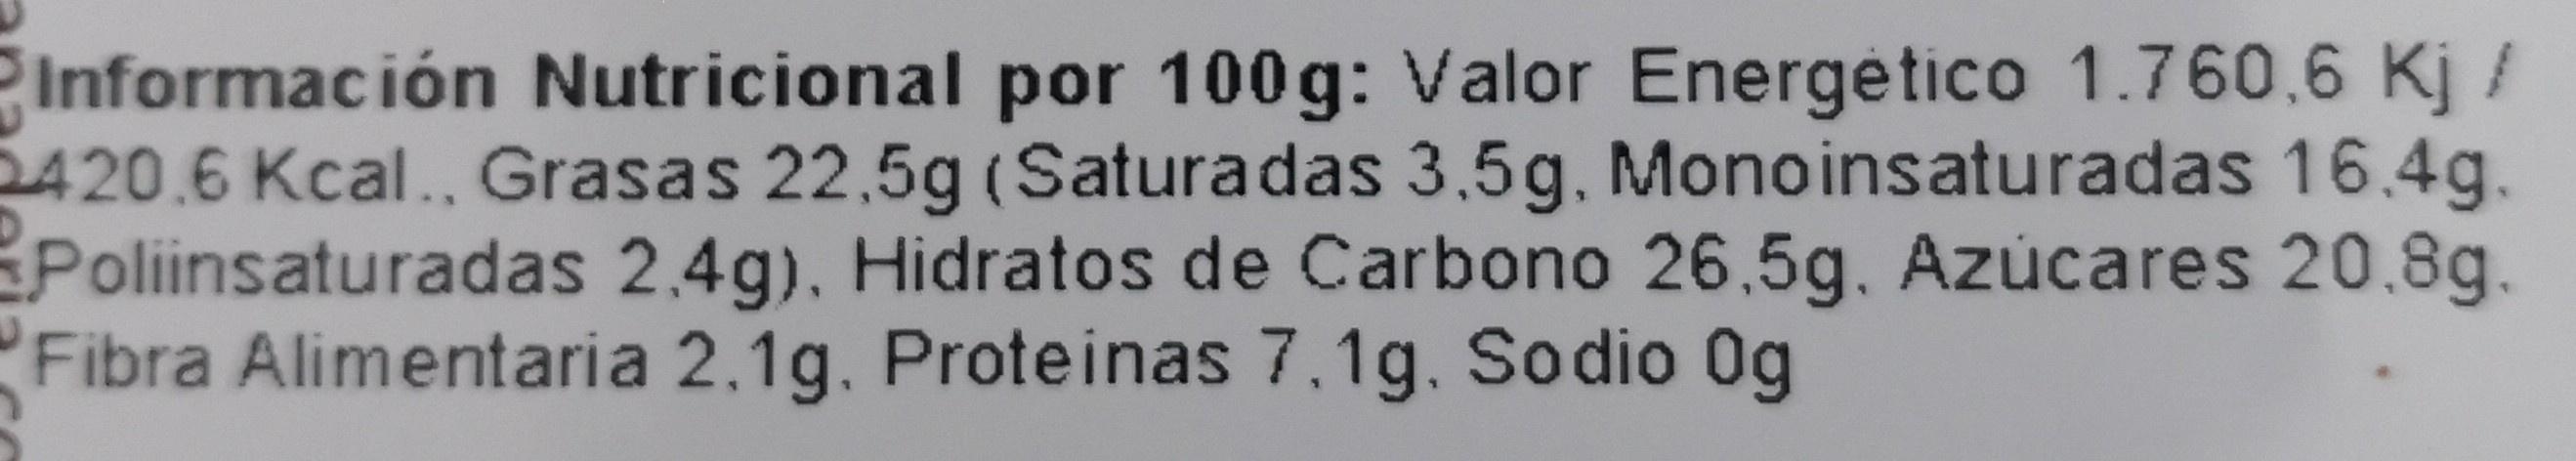
Información Nutricional por 100g: Valor Energetico 1.760,6 Kj / 5420.6 Kcal., Grasas 22,5g (Saturadas 3,5g. Monoinsaturadas 16.4g. Poliinsaturadas 2.4g), Hidratos de Carbono 26,5g. Azúcares 20.8g. Fibra Alimentaria 2.1g. Proteinas 7.1g. Sodio Og